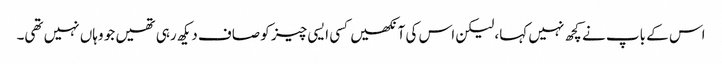
اس کے باپ نے کچھ نہیں کہا، لیکن اس کی آنکھیں کسی ایسی چیز کو صاف دیکھ رہی تھیں جو وہاں نہیں تھی۔